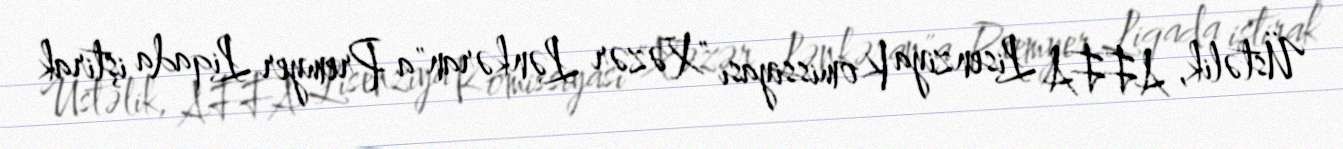
Üstəlik, AFFA Lisenziya Komissiyası "Xəzər Lənkəran"a Premyer Liqada iştirak